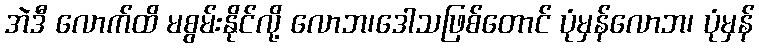
အဲဒီ လောက်ထိ မစွမ်းနိုင်လို့ လောဘ၊ဒေါသဖြစ်တောင် ပုံမှန်လောဘ၊ ပုံမှန်